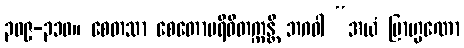
၃၀၉-၃၁၀။ စေတသာ စေတောပရိဝိတက္ကန္တိ ဘဂဝါ “အယံ ဗြာဟ္မဏော